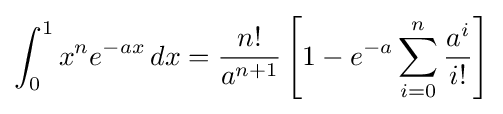
\int _{0}^{1}x^{n}e^{-ax}\,dx={\frac {n!}{a^{n+1}}}\left[1-e^{-a}\sum _{i=0}^{n}{\frac {a^{i}}{i!}}\right]